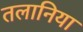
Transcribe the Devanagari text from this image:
तलानिया